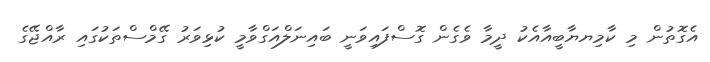
އެގޮތުން މި ކާމިޔޔާބީއާއެކު ދީމާ ވެގެން ގޮސްފައިވަނީ ބައިނަލްއަގްވާމީ ކުޅިވަރު ގޭމްސްތަކުގައި ރާއްޖޭގެ